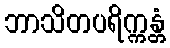
ဘာသိတပရိက္ကန္တံ